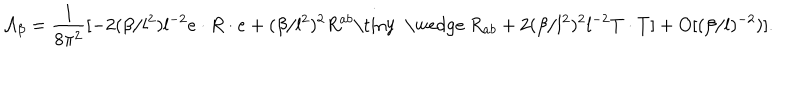
{ \cal A } _ { \beta } = \frac { 1 } { 8 { \pi } ^ { 2 } } [ - 2 ( \beta / l ^ { 2 } ) l ^ { - 2 } e \cdot R \cdot e + ( \beta / l ^ { 2 } ) ^ { 2 } R ^ { a b } { \mathrm { \tiny ~ \wedge ~ } } R _ { a b } + 2 ( \beta / l ^ { 2 } ) ^ { 2 } l ^ { - 2 } T \cdot T ] + O [ ( \beta / l ) ^ { - 2 } ) ] .